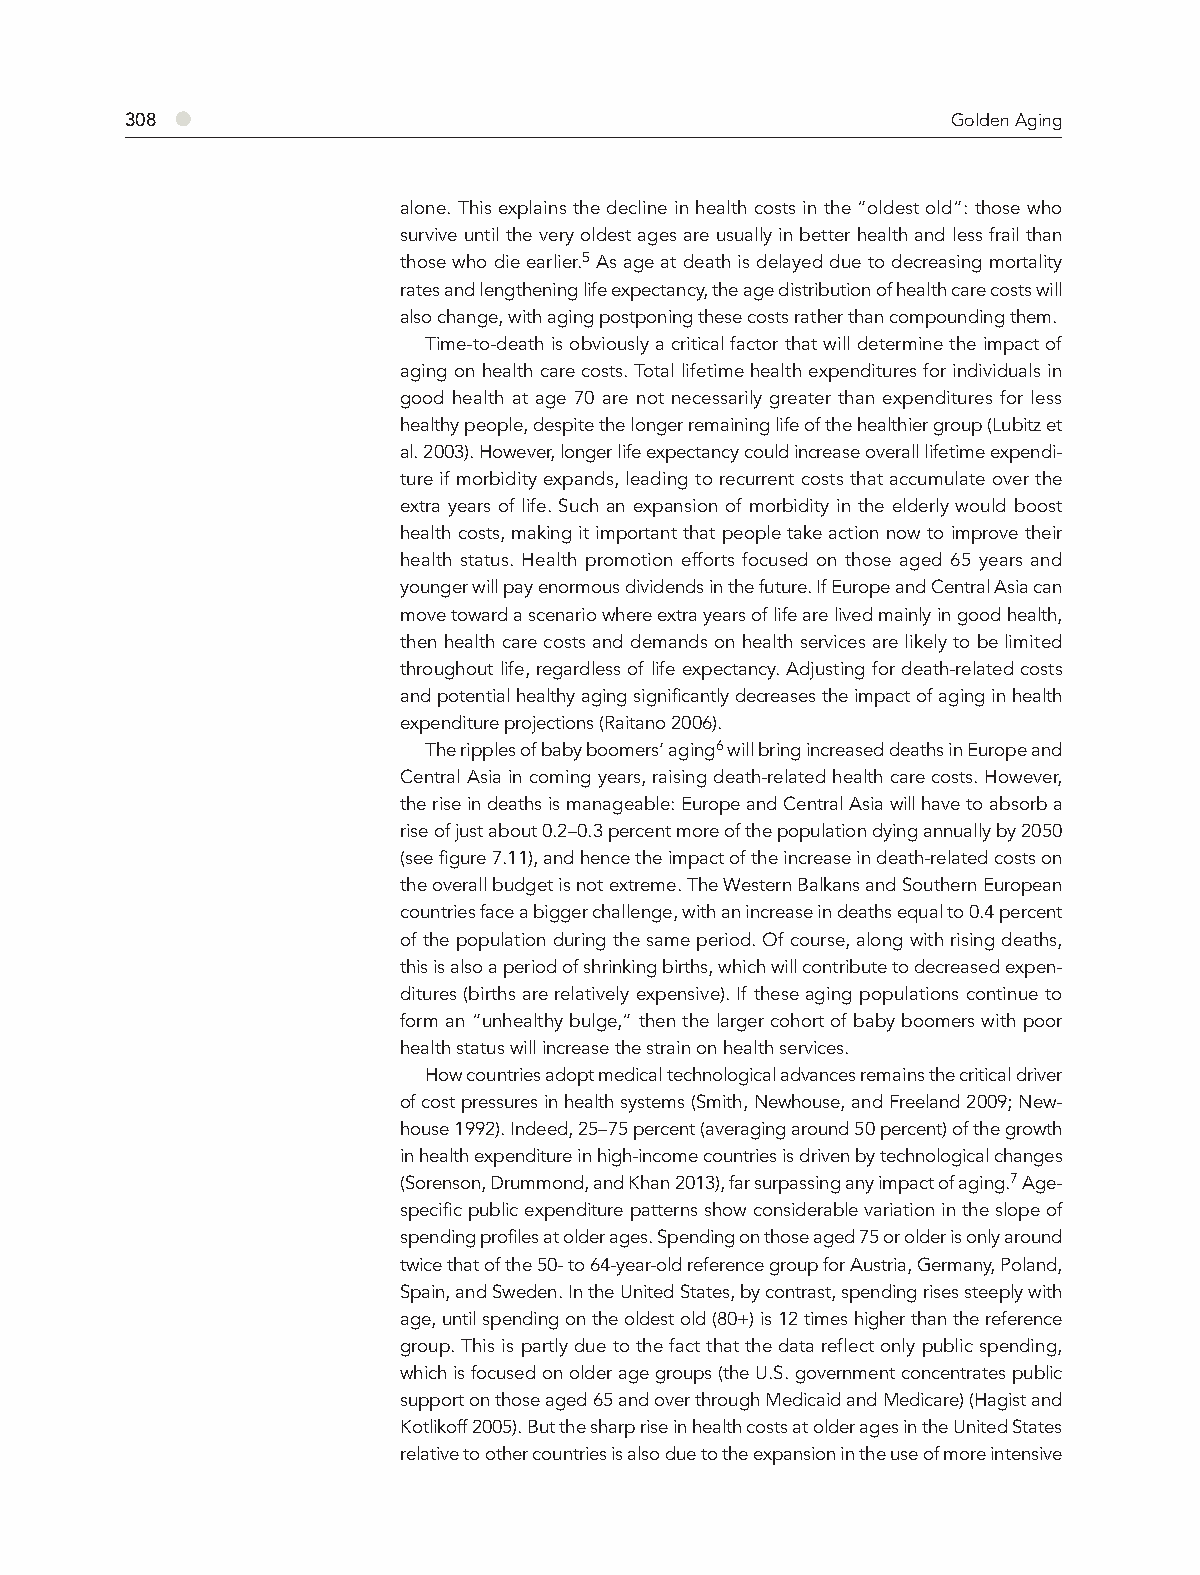
308 ●                                                  Golden Aging
 alone. This explains the decline in health costs in the “oldest old”: those who
 survive until the very oldest ages are usually in better health and less frail than
 those who die earlier.5 As age at death is delayed due to decreasing mortality
 rates and lengthening life expectancy, the age distribution of health care costs will
 also change, with aging postponing these costs rather than compounding them.
 Time-to-death is obviously a critical factor that will determine the impact of
 aging on health care costs. Total lifetime health expenditures for individuals in
 good health at age 70 are not necessarily greater than expenditures for less
 healthy people, despite the longer remaining life of the healthier group (Lubitz et
 al. 2003). However, longer life expectancy could increase overall lifetime expendi-
 ture if morbidity expands, leading to recurrent costs that accumulate over the
 extra years of life. Such an expansion of morbidity in the elderly would boost
 health costs, making it important that people take action now to improve their
 health status. Health promotion efforts focused on those aged 65 years and
 younger will pay enormous dividends in the future. If Europe and Central Asia can
 move toward a scenario where extra years of life are lived mainly in good health,
 then health care costs and demands on health services are likely to be limited
 throughout life, regardless of life expectancy. Adjusting for death-related costs
 and potential healthy aging significantly decreases the impact of aging in health
 expenditure projections (Raitano 2006).
 The ripples of baby boomers’ aging6 will bring increased deaths in Europe and
 Central Asia in coming years, raising death-related health care costs. However,
 the rise in deaths is manageable: Europe and Central Asia will have to absorb a
 rise of just about 0.2–0.3 percent more of the population dying annually by 2050
 (see figure 7.11), and hence the impact of the increase in death-related costs on
 the overall budget is not extreme. The Western Balkans and Southern European
 countries face a bigger challenge, with an increase in deaths equal to 0.4 percent
 of the population during the same period. Of course, along with rising deaths,
 this is also a period of shrinking births, which will contribute to decreased expen-
 ditures (births are relatively expensive). If these aging populations continue to
 form an “unhealthy bulge,” then the larger cohort of baby boomers with poor
 health status will increase the strain on health services.
 How countries adopt medical technological advances remains the critical driver
 of cost pressures in health systems (Smith, Newhouse, and Freeland 2009; New-
 house 1992). Indeed, 25–75 percent (averaging around 50 percent) of the growth
 in health expenditure in high-income countries is driven by technological changes
 (Sorenson, Drummond, and Khan 2013), far surpassing any impact of aging.7 Age-
 specific public expenditure patterns show considerable variation in the slope of
 spending profiles at older ages. Spending on those aged 75 or older is only around
 twice that of the 50- to 64-year-old reference group for Austria, Germany, Poland,
 Spain, and Sweden. In the United States, by contrast, spending rises steeply with
 age, until spending on the oldest old (80+) is 12 times higher than the reference
 group. This is partly due to the fact that the data reflect only public spending,
 which is focused on older age groups (the U.S. government concentrates public
 support on those aged 65 and over through Medicaid and Medicare) (Hagist and
 Kotlikoff 2005). But the sharp rise in health costs at older ages in the United States
 relative to other countries is also due to the expansion in the use of more intensive